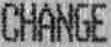
CHANGE